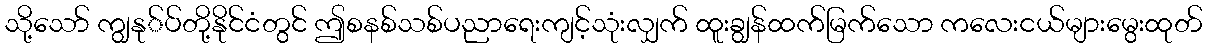
သို့သော် ကျွနု်ပ်တို့နိုင်ငံတွင် ဤစနစ်သစ်ပညာရေးကျင့်သုံးလျှက် ထူးချွန်ထက်မြက်သော ကလေးငယ်များမွေးထုတ်